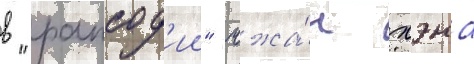
в "рапсод'ии" чжа́н хэна